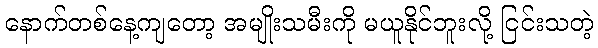
နောက်တစ်နေ့ကျတော့ အမျိုးသမီးကို မယူနိုင်ဘူးလို့ ငြင်းသတဲ့